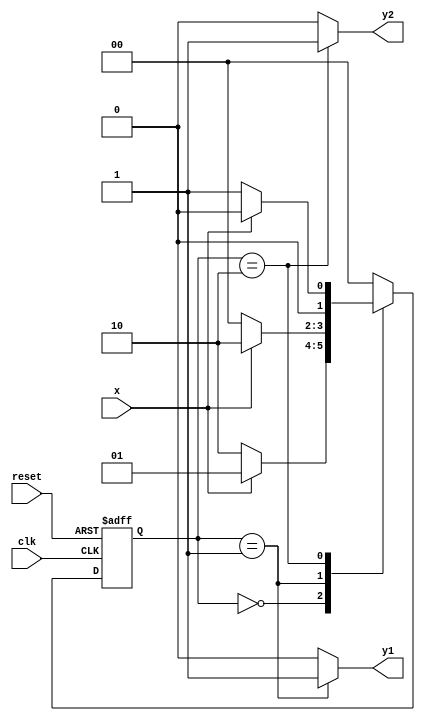
module MealyFSM(
    input wire clk,
    input wire reset,
    input wire x,
    output reg y1,
    output reg y2
);

// Define states
parameter S0 = 2'b00;
parameter S1 = 2'b01;
parameter S2 = 2'b10;

// Define state register
reg [1:0] state, next_state;

// Define output functions
always @ (posedge clk, posedge reset) begin
    if (reset)
        state <= S0;
    else
        state <= next_state;
end

always @ (*) begin
    case(state)
        S0: begin
            if (x)
                next_state = S1;
            else
                next_state = S2;
            y1 = 1'b0;
            y2 = 1'b0;
        end
        S1: begin
            if (x)
                next_state = S2;
            else
                next_state = S0;
            y1 = 1'b1;
            y2 = 1'b0;
        end
        S2: begin
            if (x)
                next_state = S0;
            else
                next_state = S1;
            y1 = 1'b0;
            y2 = 1'b1;
        end
        default: begin
            next_state = S0;
            y1 = 1'b0;
            y2 = 1'b0;
        end
    endcase
end

endmodule